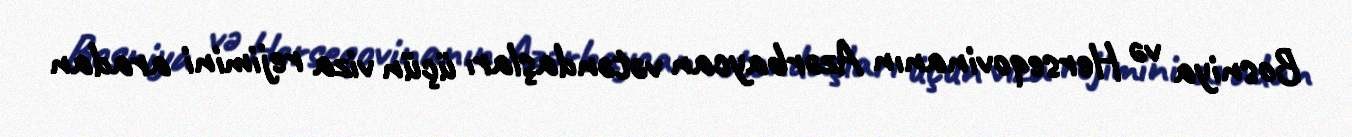
Bosniya və Herseqovinanın Azərbaycan vətəndaşları üçün viza rejimini aradan